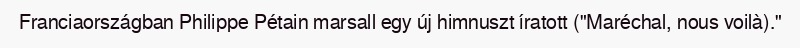
Franciaországban Philippe Pétain marsall egy új himnuszt íratott ("Maréchal, nous voilà)."